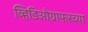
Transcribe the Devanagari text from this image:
व्हिडिओग्राफरच्या